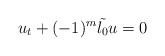
\begin{align*}u_t+(-1)^m \tilde{\l_0} u=0\end{align*}